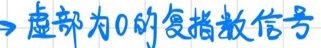
$\to$虚部为0的复指数信号